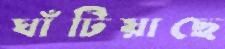
ঘাঁটিয়াছে